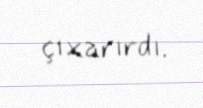
çıxarırdı.